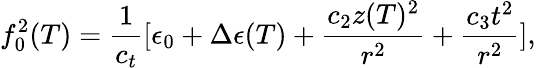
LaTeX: f_{0}^{2}(T)=\frac{1}{c_{t}}[\epsilon_{0}+\Delta\epsilon(T)+\frac{c_{2}z(T)^{2}}{r^{2}}+\frac{c_{3}t^{2}}{r^{2}}],